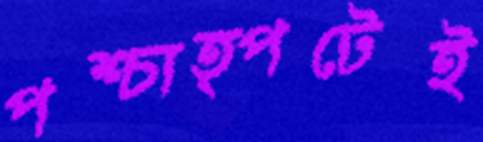
পশ্চাত্পটেই